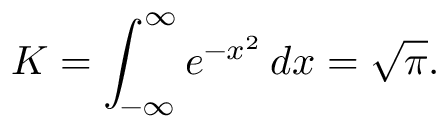
K = \int _ { - \infty } ^ { \infty } e ^ { - x ^ { 2 } } \, d x = { \sqrt { \pi } } .